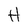
Character: H